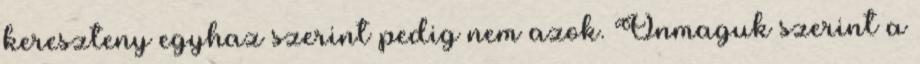
kereszteny egyhaz szerint pedig nem azok. Onmaguk szerint a